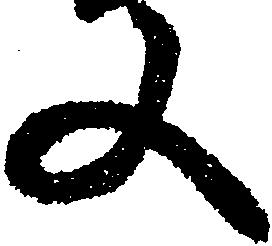
又